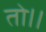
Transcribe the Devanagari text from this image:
तो।।